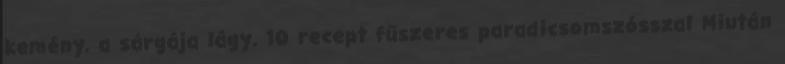
kemény, a sárgája lágy. 10 recept fűszeres paradicsomszósszal Miután